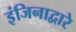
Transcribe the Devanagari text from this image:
इंजिनाद्वारे